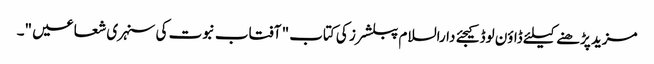
مزید پڑھنے کیلئے ڈاؤن لوڈ کیجئے دارالسلام پبلشرز کی کتاب " آفتاب نبوت کی سنہری شعاعیں "۔